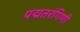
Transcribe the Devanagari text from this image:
पद्मतरंगिणी